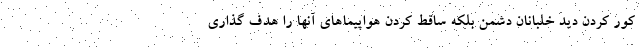
کور کردن دید خلبانان دشمن بلکه ساقط کردن هواپیماهای آنها را هدف گذاری